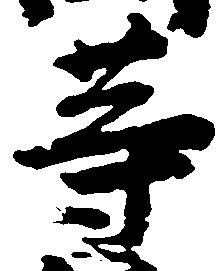
等